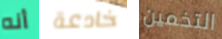
أنه خادعة التخمين